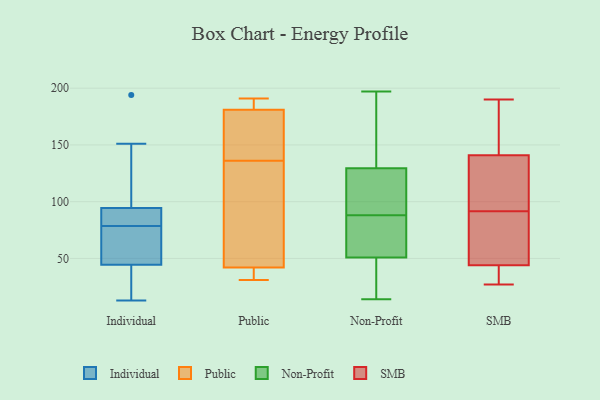
{"axis": {"x": "Market Share (%)", "y": "Value"}, "legend": ["Individual", "Non-Profit", "Public", "SMB"], "data": [{"x": "", "y": 64, "type": "Individual"}, {"x": "", "y": 93, "type": "Individual"}, {"x": "", "y": 151, "type": "Individual"}, {"x": "", "y": 57, "type": "Individual"}, {"x": "", "y": 24, "type": "Individual"}, {"x": "", "y": 194, "type": "Individual"}, {"x": "", "y": 93, "type": "Individual"}, {"x": "", "y": 59, "type": "Individual"}, {"x": "", "y": 129, "type": "Individual"}, {"x": "", "y": 87, "type": "Individual"}, {"x": "", "y": 13, "type": "Individual"}, {"x": "", "y": 72, "type": "Individual"}, {"x": "", "y": 96, "type": "Individual"}, {"x": "", "y": 25, "type": "Individual"}, {"x": "", "y": 32, "type": "Individual"}, {"x": "", "y": 85, "type": "Individual"}, {"x": "", "y": 181, "type": "Public"}, {"x": "", "y": 110, "type": "Public"}, {"x": "", "y": 38, "type": "Public"}, {"x": "", "y": 63, "type": "Public"}, {"x": "", "y": 42, "type": "Public"}, {"x": "", "y": 187, "type": "Public"}, {"x": "", "y": 191, "type": "Public"}, {"x": "", "y": 162, "type": "Public"}, {"x": "", "y": 180, "type": "Public"}, {"x": "", "y": 31, "type": "Public"}, {"x": "", "y": 100, "type": "Non-Profit"}, {"x": "", "y": 172, "type": "Non-Profit"}, {"x": "", "y": 40, "type": "Non-Profit"}, {"x": "", "y": 131, "type": "Non-Profit"}, {"x": "", "y": 88, "type": "Non-Profit"}, {"x": "", "y": 78, "type": "Non-Profit"}, {"x": "", "y": 98, "type": "Non-Profit"}, {"x": "", "y": 85, "type": "Non-Profit"}, {"x": "", "y": 39, "type": "Non-Profit"}, {"x": "", "y": 197, "type": "Non-Profit"}, {"x": "", "y": 105, "type": "Non-Profit"}, {"x": "", "y": 155, "type": "Non-Profit"}, {"x": "", "y": 144, "type": "Non-Profit"}, {"x": "", "y": 125, "type": "Non-Profit"}, {"x": "", "y": 62, "type": "Non-Profit"}, {"x": "", "y": 64, "type": "Non-Profit"}, {"x": "", "y": 18, "type": "Non-Profit"}, {"x": "", "y": 14, "type": "Non-Profit"}, {"x": "", "y": 47, "type": "Non-Profit"}, {"x": "", "y": 147, "type": "SMB"}, {"x": "", "y": 128, "type": "SMB"}, {"x": "", "y": 64, "type": "SMB"}, {"x": "", "y": 52, "type": "SMB"}, {"x": "", "y": 39, "type": "SMB"}, {"x": "", "y": 134, "type": "SMB"}, {"x": "", "y": 42, "type": "SMB"}, {"x": "", "y": 141, "type": "SMB"}, {"x": "", "y": 154, "type": "SMB"}, {"x": "", "y": 95, "type": "SMB"}, {"x": "", "y": 41, "type": "SMB"}, {"x": "", "y": 88, "type": "SMB"}, {"x": "", "y": 137, "type": "SMB"}, {"x": "", "y": 159, "type": "SMB"}, {"x": "", "y": 44, "type": "SMB"}, {"x": "", "y": 44, "type": "SMB"}, {"x": "", "y": 190, "type": "SMB"}, {"x": "", "y": 27, "type": "SMB"}]}